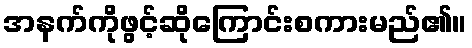
အနက်ကိုဖွင့်ဆိုကြောင်းစကားမည်၏။